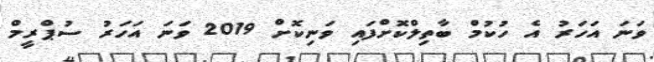
ވަނަ އަހަރު އެ ހުކުމް ބާތިލްކޮށްފައި ވަނިކޮށް 2019 ވަނަ އަހަރު ސުޕްރީމް